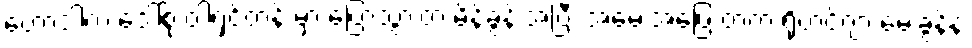
ဟောဒါက ဒေါ်စု ဝါရှင်တန် မှာ ပြောသွားတဲ့ မိန့်ခွန်းအပြီး အမေးအဖြေ ထဲက ရိုဟင်ဂျာ မေးခွန်နဲ့